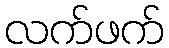
လက်ဖက်